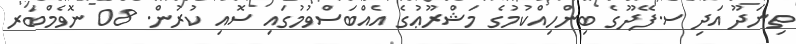
ތިނަދޫ އަދި ސ.ފޭދޫގެ ބިންހިއްކުމުގެ މަޝްރޫޢުގެ އެއްބަސްވުމުގައި ސޮއި ކުރުން. 08 ނޮވެމްބަރ